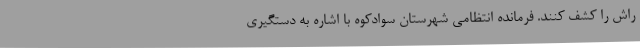
راش را کشف کنند. فرمانده انتظامی شهرستان سوادکوه با اشاره به دستگیری